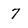
Character: 7